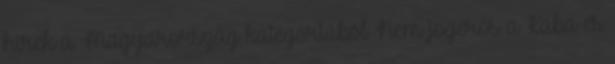
hírek a Magyarország kategóriából Nem jogerős a Kaba és